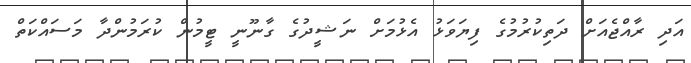
އަދި ރާއްޖެއަށް ދަތިކުރުމުގެ ފިޔަވަޅު އެޅުމަށް ނަޝީދުގެ ގާނޫނީ ޓީމުން ކުރަމުންދާ މަސައްކަތް